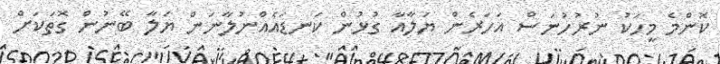
ކޮންމެ މީހަކު ނުރުހުނަސް އަހަރެން ޔަލާއާ ގުޅުން ކަނޑައެއްނުލާނަން ޔަލާ ބޭނުން ގޮތަކަށް